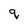
Character: q